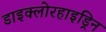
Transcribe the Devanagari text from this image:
डाइक्लोरहाइड्रिन